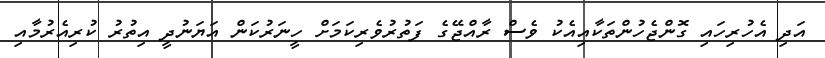
އަދި އެހުރިހައި ގޮންޖެހުންތަކާއިއެކު ވެސް ރާއްޖޭގެ ފަތުރުވެރިކަމަށް ހީނަރުކަން އަޔަނުދީ އިތުރު ކުރިއެރުމާއި